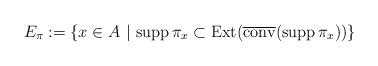
LaTeX: \begin{align*} E_\pi :=\{ x \in A \ | \ {\rm supp \, } \pi_x \subset {\rm Ext} ( \overline{\rm conv} ({\rm supp \, } \pi_x ))\}\end{align*}